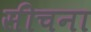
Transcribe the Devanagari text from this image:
सीचना